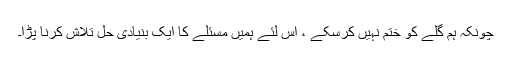
چونکہ ہم گلے کو ختم نہیں کرسکے ، اس لئے ہمیں مسئلے کا ایک بنیادی حل تلاش کرنا پڑا۔